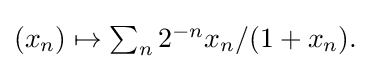
{\textstyle (x_{n})\mapsto \sum _{n}{2^{-n}x_{n}/(1+x_{n})}.}